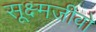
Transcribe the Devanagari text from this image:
सूक्ष्मजीवो